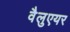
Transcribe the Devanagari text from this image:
वैलुएयर